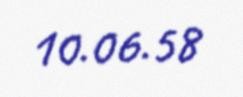
10.06.58